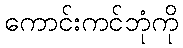
ကောင်းကင်ဘုံကို